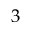
3